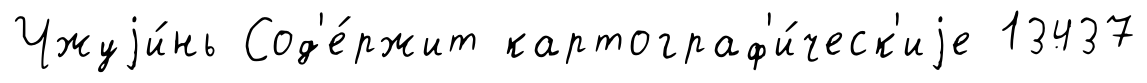
Чжуjи́нь Сод'е́ржит картограф'и́ческ'иjе 13437